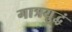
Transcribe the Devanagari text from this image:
गात्रयुद्धं